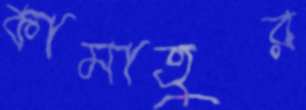
কামাতুর